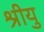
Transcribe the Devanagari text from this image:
श्रीयु